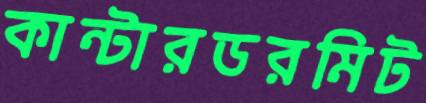
কান্টারডরমিট